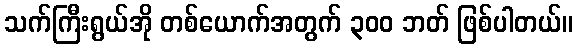
သက်ကြီးရွယ်အို တစ်ယောက်အတွက် ၃၀၀ ဘတ် ဖြစ်ပါတယ်။